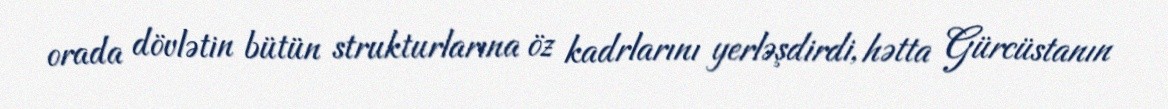
orada dövlətin bütün strukturlarına öz kadrlarını yerləşdirdi, hətta Gürcüstanın